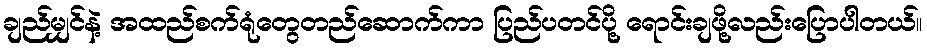
ချည်မျှင်နဲ့ အထည်စက်ရုံတွေတည်ဆောက်ကာ ပြည်ပတင်ပို့ ရောင်းချဖို့လည်းပြောပါတယ်။